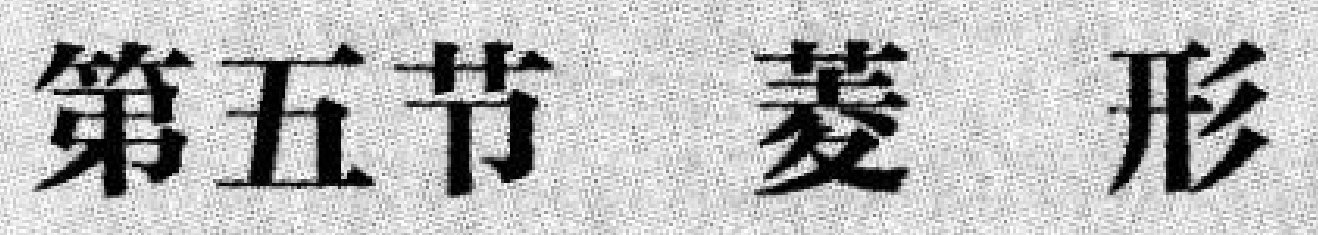
第五节 菱形